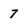
Character: 7